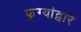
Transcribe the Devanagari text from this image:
फुग्यांद्वारे